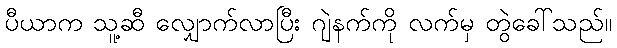
ပီယာက သူ့ဆီ လျှောက်လာပြီး ဂျဲနက်ကို လက်မှ တွဲခေါ်သည်။